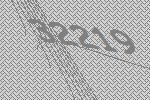
32219